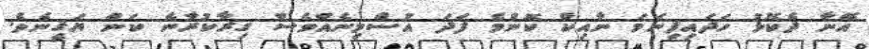
އޭނާ ދެކޮޅު ހަދައިފިނަމަ ނާއިކް ކޮންމެ ފަދަ އުސްމިނެއްވެސް ގިރާކުރާނެ ކަން ޔަޤީނެވެ.